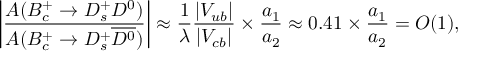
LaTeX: \left| \frac { A ( B _ { c } ^ { + } \to D _ { s } ^ { + } D ^ { 0 } ) } { A ( B _ { c } ^ { + } \to D _ { s } ^ { + } \overline { { { D ^ { 0 } } } } ) } \right| \approx \frac { 1 } { \lambda } \frac { | V _ { u b } | } { | V _ { c b } | } \times \frac { a _ { 1 } } { a _ { 2 } } \approx 0 . 4 1 \times \frac { a _ { 1 } } { a _ { 2 } } = { \cal O } ( 1 ) ,